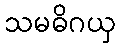
သမဓိဂယှ